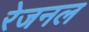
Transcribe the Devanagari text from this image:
रेजनल